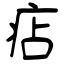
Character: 痁